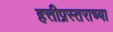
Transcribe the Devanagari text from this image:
हत्तीप्रस्तराच्या